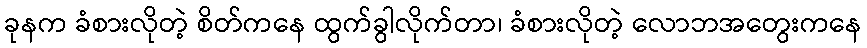
ခုနက ခံစားလိုတဲ့ စိတ်ကနေ ထွက်ခွါလိုက်တာ၊ ခံစားလိုတဲ့ လောဘအတွေးကနေ